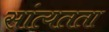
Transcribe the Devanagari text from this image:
सांत्यतता